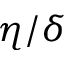
\eta / \delta